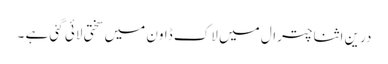
درین اثنا چترال میں لاک ڈاون میں سختی لائی گئی ہے ۔